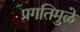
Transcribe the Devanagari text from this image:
प्रगतिमुळे